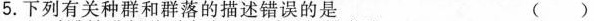
5.下列有关种群和群落的描述错误的是 ()